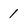
Character: 1